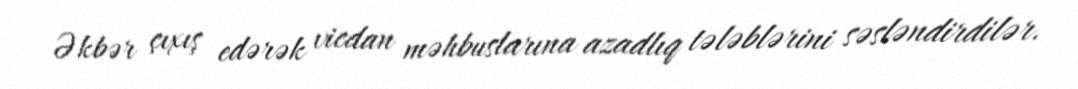
Əkbər çıxış edərək vicdan məhbuslarına azadlıq tələblərini səsləndirdilər.